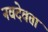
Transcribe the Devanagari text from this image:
नवदेवता